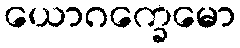
ယောဂက္ခေမော